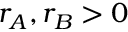
r _ { A } , r _ { B } > 0